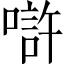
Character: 𠼯